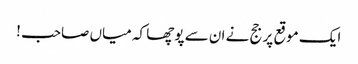
ایک موقع پر جج نے ان سے پوچھا کہ میاں صاحب !